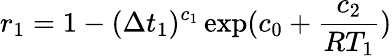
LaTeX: r_{1}=1-(\Delta t_{1})^{c_{1}}\exp(c_{0}+\frac{c_{2}}{RT_{1}})